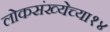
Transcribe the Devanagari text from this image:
लोकसंख्येच्या१४